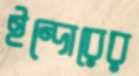
ইন্দোরের